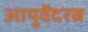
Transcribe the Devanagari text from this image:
आयुर्वेदरत्न